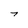
Character: 7